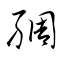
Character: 綢